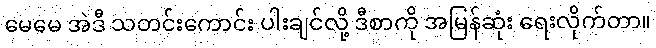
မေမေ အဲဒီ သတင်းကောင်း ပါးချင်လို့ ဒီစာကို အမြန်ဆုံး ရေးလိုက်တာ။